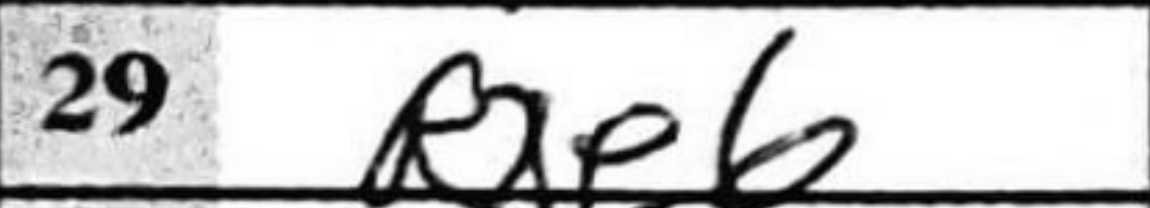
Transcription: Rxe6